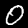
Digit: 0